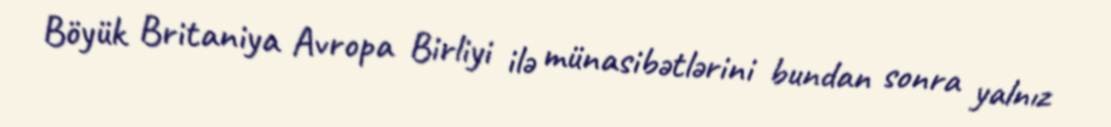
Böyük Britaniya Avropa Birliyi ilə münasibətlərini bundan sonra yalnız